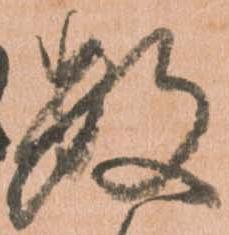
数